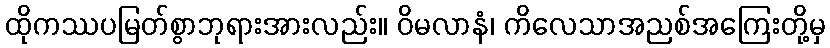
ထိုကဿပမြတ်စွာဘုရားအားလည်း။ ဝိမလာနံ၊ ကိလေသာအညစ်အကြေးတို့မှ